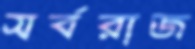
সর্বরাজ